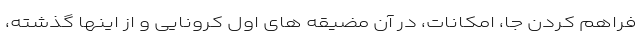
فراهم کردن جا، امکانات، در آن مضیقه های اول کرونایی و از اینها گذشته،